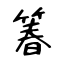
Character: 箺